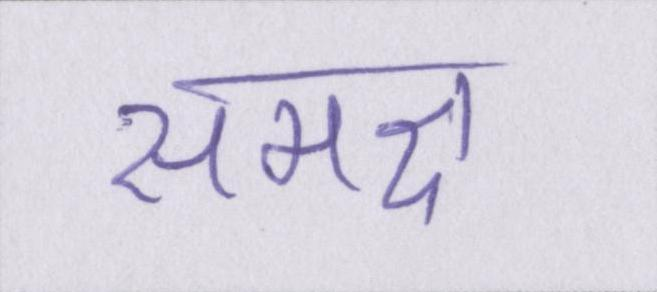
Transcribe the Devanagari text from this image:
समक्ष